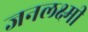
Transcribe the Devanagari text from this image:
जनलक्ष्मी